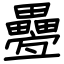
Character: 疉